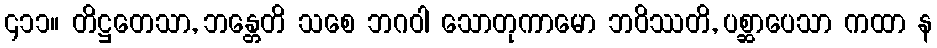
၄၁၁။ တိဋ္ဌတေသာ, ဘန္တေတိ သစေ ဘဂဝါ သောတုကာမော ဘဝိဿတိ, ပစ္ဆာပေသာ ကထာ န